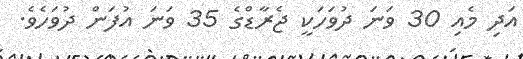
އަދި މެއި 30 ވަނަ ދުވަހަކީ ޖެރާޑްގެ 35 ވަނަ އުފަން ދުވަހެވެ.